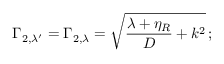
\Gamma _ { 2 , \lambda ^ { \prime } } = \Gamma _ { 2 , \lambda } = \sqrt { \frac { \lambda + \eta _ { R } } { D } + k ^ { 2 } } \, ;